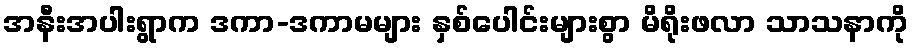
အနီးအပါးရွာက ဒကာ-ဒကာမများ နှစ်ပေါင်းများစွာ မိရိုးဖလာ သာသနာကို